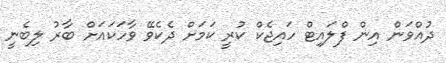
ދުއްވަން އިން ފްލައިޓް ހައިޖެކް ކުރީ ކަމަށް ދެކެވޭ ވާހަކައަށް ބާރު ލިބެނީ